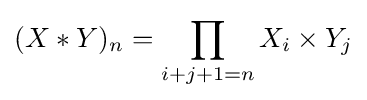
(X*Y)_{n}=\prod _{i+j+1=n}X_{i}\times Y_{j}